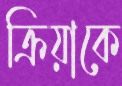
ক্রিয়াকে